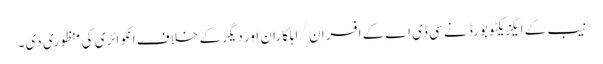
نیب کے ایگزیکٹو بورڈ نے سی ڈی اے کے افسران / اہلکاران اور دیگر کے خلاف انکوائری کی منظوری دی۔